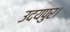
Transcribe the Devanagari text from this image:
उदयपुर।